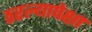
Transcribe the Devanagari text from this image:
ठरल्यापेक्षा